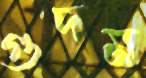
গুদম